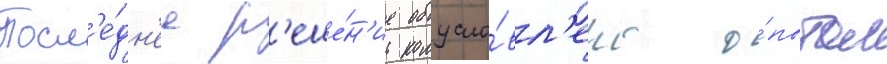
Посл'е́дн'ее р'еше́н'ие обусло́вл'ено о́пытом